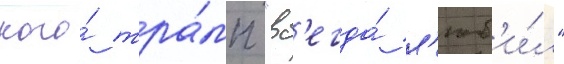
кого́ тра́мп "вс'егда́ л'юб'и́л"